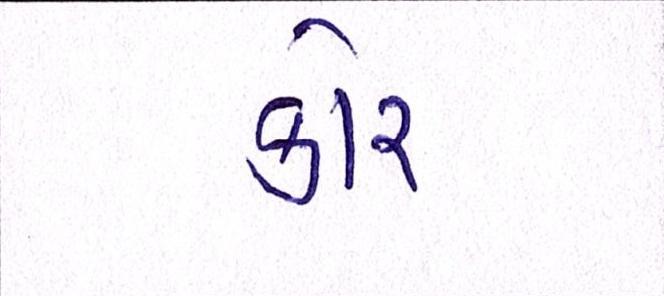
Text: કોર